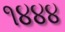
૧૪૪૪